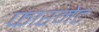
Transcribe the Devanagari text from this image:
फारमेट